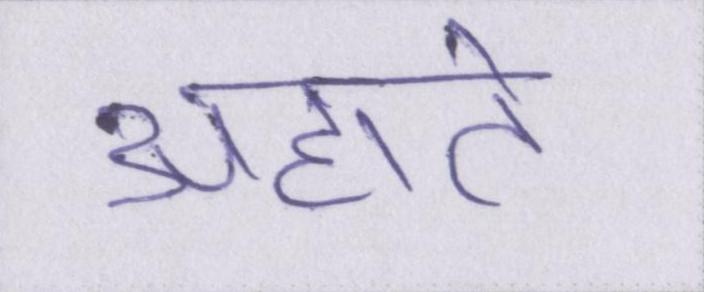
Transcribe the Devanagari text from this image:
अहाते